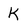
Character: K